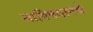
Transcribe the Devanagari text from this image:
याविषयामधे